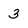
Character: 3